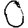
Digit: 0